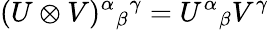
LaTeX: (U\otimes V)^{\alpha}{}_{\beta}{}^{\gamma}=U^{\alpha}{}_{\beta}V^{\gamma}